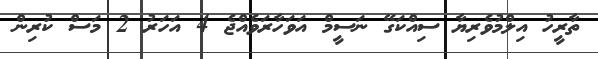
ތާރީހު އިލްމުވެރިޔާ ސިއްކަގޭ ނަސީމް އަވަހާރަވެއްޖެ 4 އަހަރު 2 މަސް ކުރިން